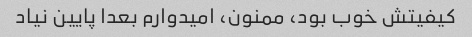
کیفیتش خوب بود، ممنون، امیدوارم بعدا پایین نیاد